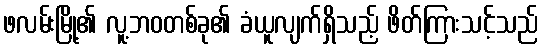
ဖလမ်းမြို့၏ လူ့ဘဝတစ်ခု၏ ခံယူလျက်ရှိသည့် ဖိတ်ကြားသင့်သည်